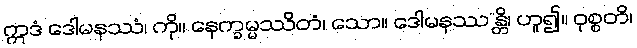
ဣဒံ ဒေါမနဿံ၊ ကို။ နေက္ခမ္မဿိတံ၊ သော။ ဒေါမနဿ”န္တိ၊ ဟူ၍။ ဝုစ္စတိ၊